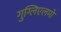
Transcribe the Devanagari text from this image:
गुग्लिएलमो